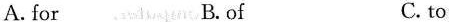
A.for B.of C. to